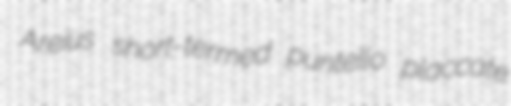
Areius short-termed puntello placcate